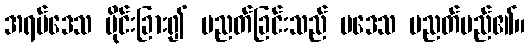
အရပ်ဒေသ ပိုင်းခြား၍ ပညတ်ခြင်းသည် ပဒေသ ပညတ်မည်၏။